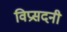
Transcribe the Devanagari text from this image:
विप्रसदनी